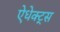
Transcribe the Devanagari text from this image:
ऐधेक्ट्स